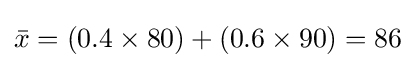
{\bar {x}}=(0.4\times 80)+(0.6\times 90)=86